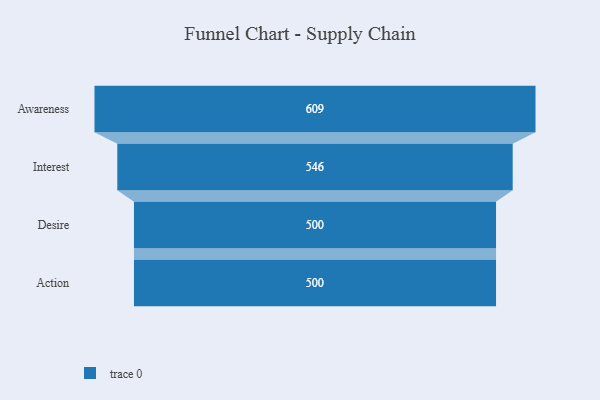
{"axis": {"x": "Stage", "y": "Value"}, "legend": [""], "data": [{"x": "Awareness", "y": 609.0, "type": ""}, {"x": "Interest", "y": 546.0, "type": ""}, {"x": "Desire", "y": 500, "type": ""}, {"x": "Action", "y": 500, "type": ""}]}